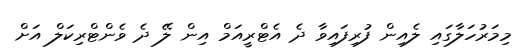
މިމަރުހަލާގައި ލެއިން ފުރިފައިވާ ދެ އެޓްރީއަމް އިން ލޭ ދެ ވެންޓްރިކަލް އަށް